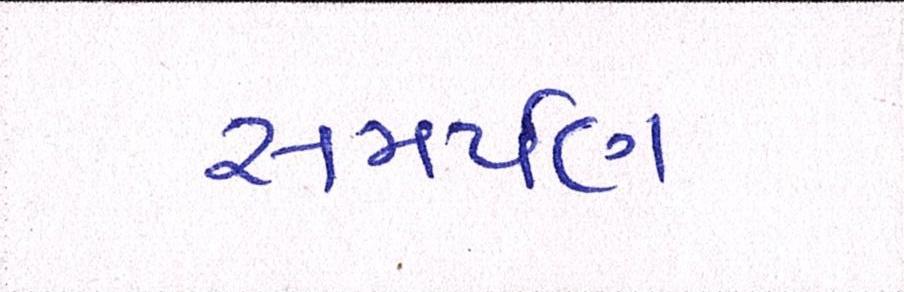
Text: સમપર્ણ